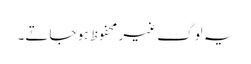
یہ لوگ غیر محفوظ ہو جاتے۔